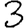
Digit: 3